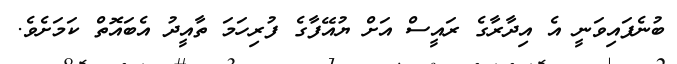
ބުނެފައިވަނީ އެ އިދާރާގެ ރައީސް އަށް ޔުއޭފާގެ ފުރިހަމަ ތާއީދު އެބައޮތް ކަމަށެވެ.